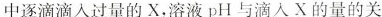
中逐滴滴入过量的X，溶液pH与滴入X的量的关